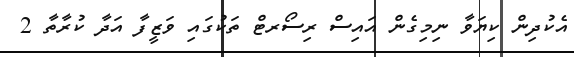
އެކުދިން ކިޔަވާ ނިމިގެން އައިސް ރިސޯރޓް ތަކުގައި ވަޒީފާ އަދާ ކުރާތާ 2